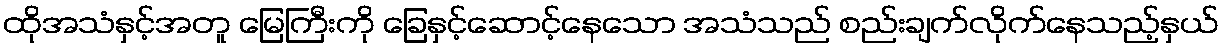
ထိုအသံနှင့်အတူ မြေကြီးကို ခြေနှင့်ဆောင့်နေသော အသံသည် စည်းချက်လိုက်နေသည့်နှယ်